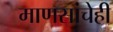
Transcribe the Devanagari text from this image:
माणसांचेही